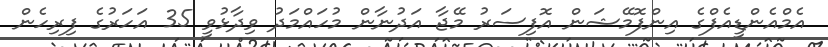
އެމްއެންޑީއެފްގެ އިންފޮމޭޝަން އޮފިސަރު މޭޖާ އަދުނާން މުހައްމަދު ވިދާޅުވީ 35 އަހަރުގެ ފިރިހެން